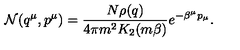
{ \cal N } ( q ^ { \mu } , p ^ { \mu } ) = { \frac { N \rho ( q ) } { 4 \pi m ^ { 2 } K _ { 2 } ( m \beta ) } } e ^ { - \beta ^ { \mu } p _ { \mu } } .